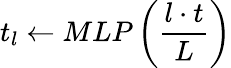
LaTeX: t_{l}\gets MLP\left(\frac{l\cdot t}{L}\right)